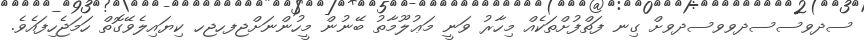
ސދވސސދވވސދވށް ގިނ ފަތްފުށްތަކެއް މިހާރު ވަނީ މަޢުލޫމާތު ބޭނުން މީހުންނަށްޖފހޖހ ކިޔައިލެވޭގޮތް ހަމަޖެހިފައެވެ.